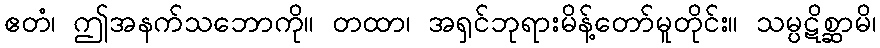
ဧတံ၊ ဤအနက်သဘောကို။ တထာ၊ အရှင်ဘုရားမိန့်တော်မူတိုင်း။ သမ္ပဋိစ္ဆာမိ၊